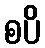
စပိ